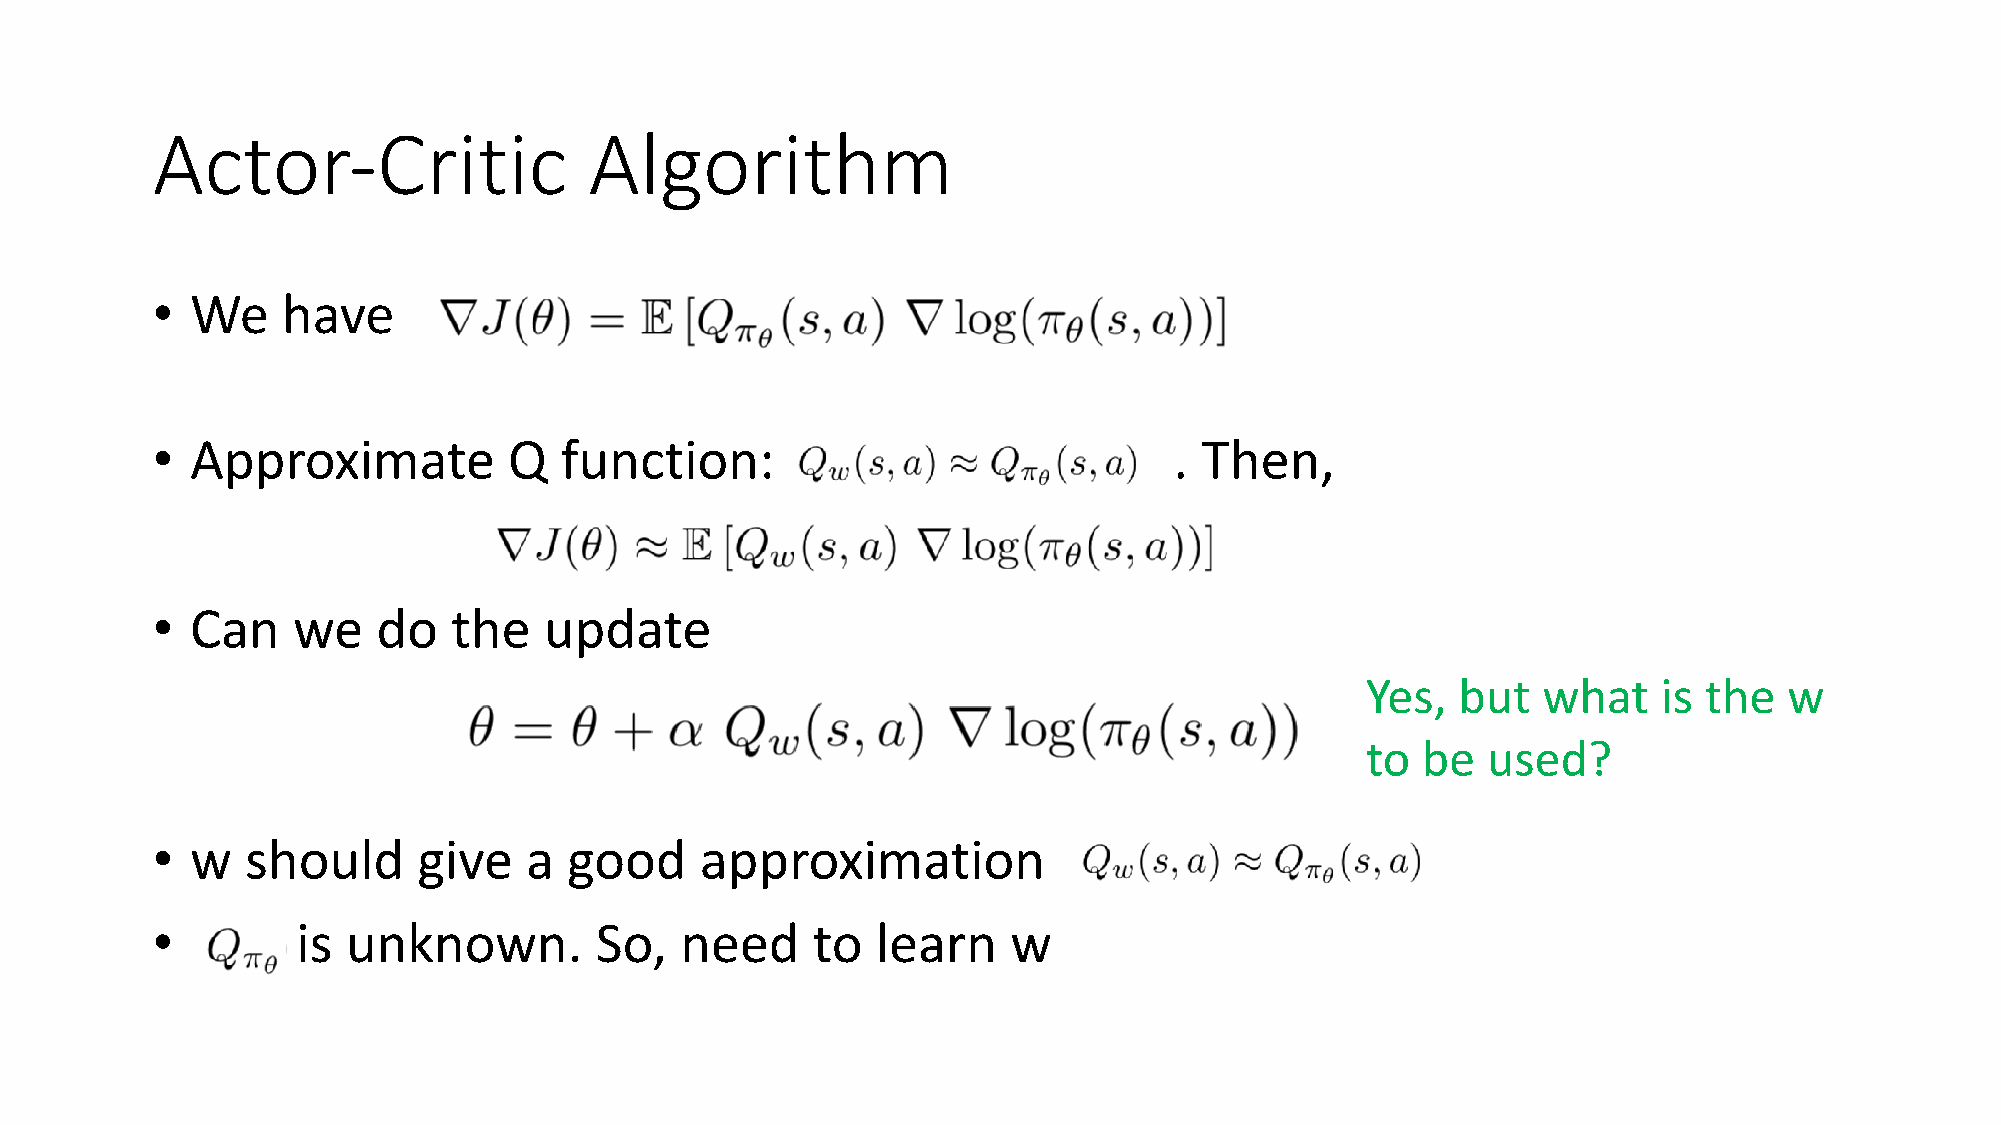
Actor-Critic                 Algorithm
 •  We    have
 •  Approximate          Q  function:                                . Then,
 •  Can   we    do   the   update
 Yes,   but  what    is the  w
 to  be  used?
 •  w  should      give   a  good    approximation
 •         is unknown.        So,   need     to  learn    w